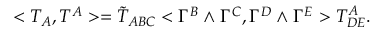
< T _ { A } , T ^ { A } > = { \tilde { T } } _ { A B C } < \Gamma ^ { B } \wedge \Gamma ^ { C } , \Gamma ^ { D } \wedge \Gamma ^ { E } > T _ { D E } ^ { A } .